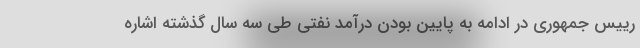
رییس جمهوری در ادامه به پایین بودن درآمد نفتی طی سه سال گذشته اشاره